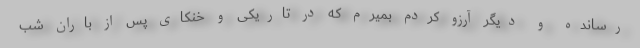
رسانده و دیگر آرزو کردم بمیرم که در تاریکی و خنکای پس از باران شب